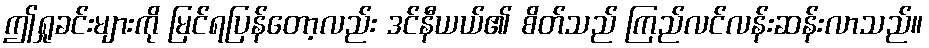
ဤရှုခင်းများကို မြင်ရပြန်တော့လည်း ဒင်နီယယ်၏ စိတ်သည် ကြည်လင်လန်းဆန်းလာသည်။